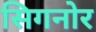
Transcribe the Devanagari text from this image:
सिगनोर